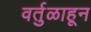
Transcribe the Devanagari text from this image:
वर्तुळाहून